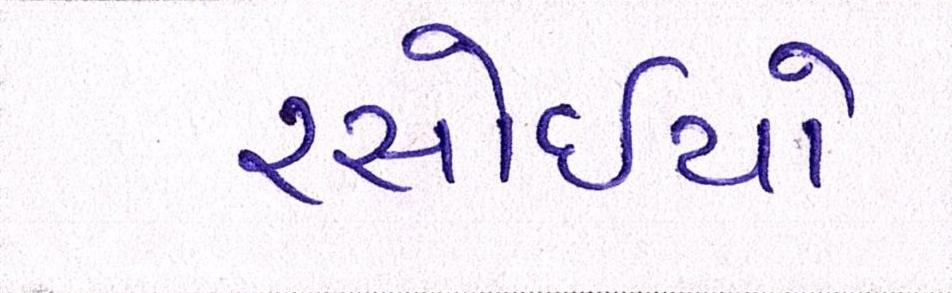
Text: રસોઈયો